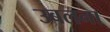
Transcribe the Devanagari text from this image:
उबलना